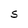
Character: S